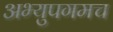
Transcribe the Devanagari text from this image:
अभ्युपगमच